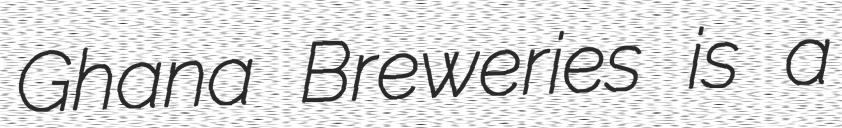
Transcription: Ghana Breweries is a